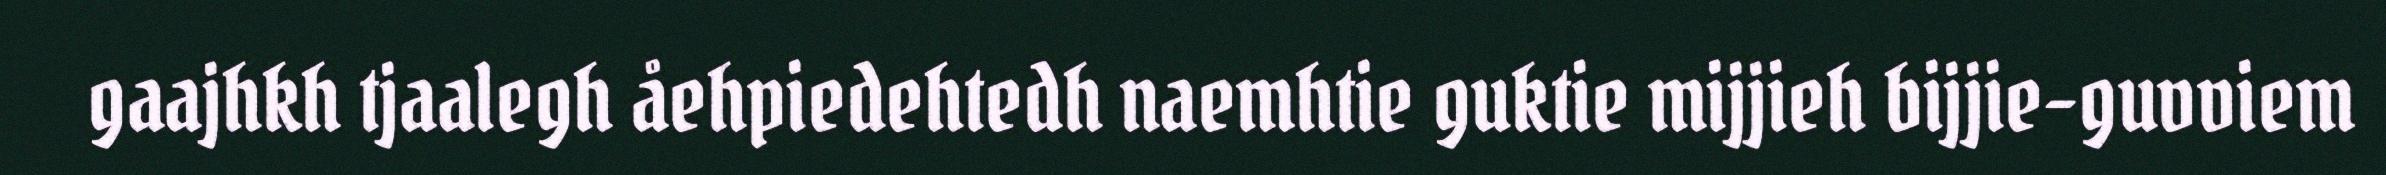
gaajhkh tjaalegh åehpiedehtedh naemhtie guktie mijjieh bijjie-guvviem